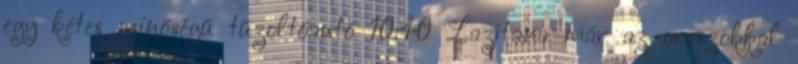
egy kétes minőségű tűzoltóautó 10:40 Lazítana már az oroszokkal